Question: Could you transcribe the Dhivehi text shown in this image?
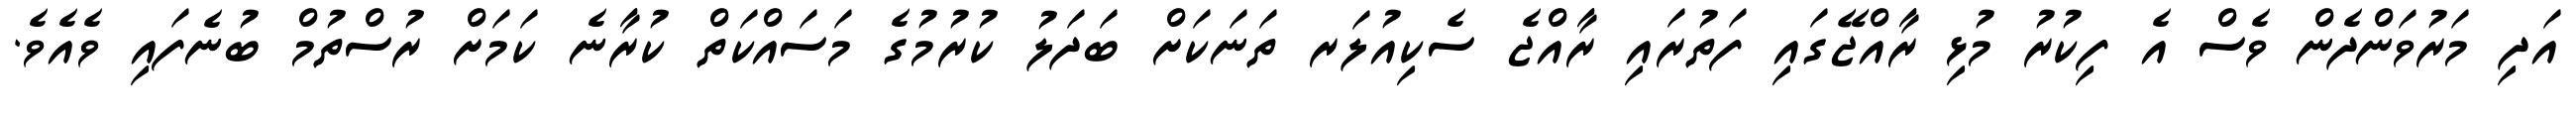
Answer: އަދި މަރުވަންދެން ވެސް އެ ފިކުރު މުޅި ރާއްޖޭގައި ފަތުރައި ރާއްޖެ ސެކިއުލަރ ތަނަކަށް ބަދަލު ކުރުމުގެ މަސައްކަތް ކުރާނެ ކަމަށް ރުސްތުމް ބުނެފައި ވެއެވެ.